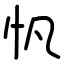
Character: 忛